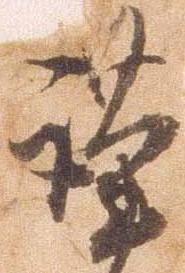
謹